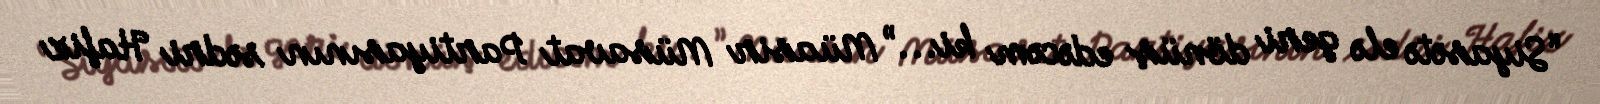
“Siyasətə elə geri dönüş edəcəm ki...” Müasir Müsavat Partiyasının sədri Hafiz